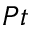
P t